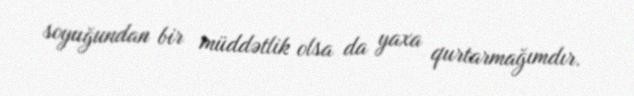
soyuğundan bir müddətlik olsa da yaxa qurtarmağımdır.